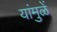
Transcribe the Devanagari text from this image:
यांमुळें